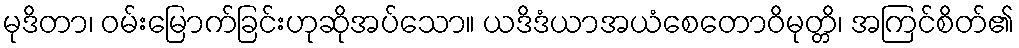
မုဒိတာ၊ ဝမ်းမြောက်ခြင်းဟုဆိုအပ်သော။ ယဒိဒံယာအယံစေတောဝိမုတ္တိ၊ အကြင်စိတ်၏